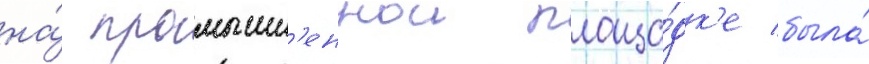
на́ промышл'еннои площа́дк'е была́